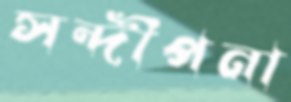
সন্দীপনা